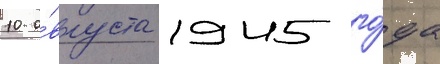
10 а́вгуста 1945 го́да